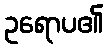
ဥရောပ၏